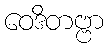
ဝေဒိတဗ္ဗာ